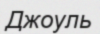
Джоуль